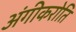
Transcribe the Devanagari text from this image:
अंगीकरोति